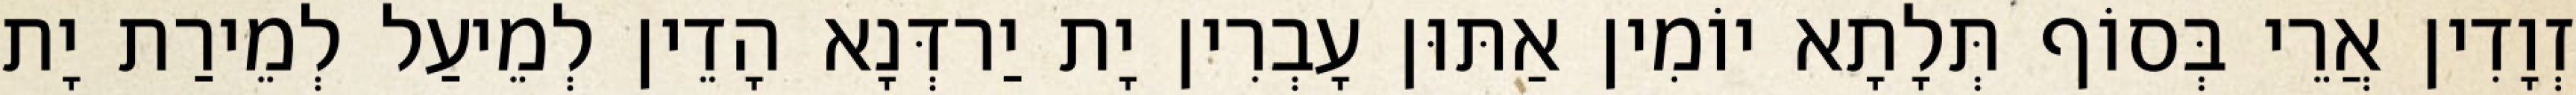
זְוָדִין אֲרֵי בְּסוֹף תְּלָתָא יוֹמִין אַתּוּן עָבְרִין יָת יַרדְּנָא הָדֵין לְמֵיעַל לְמֵירַת יָת